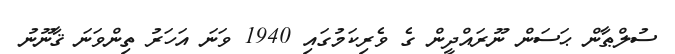
ސުލްޠާން ޙަސަން ނޫރައްދީން ގެ ވެރިކަމުގައި 1940 ވަނަ އަހަރު ތިންވަނަ ޤާނޫނު